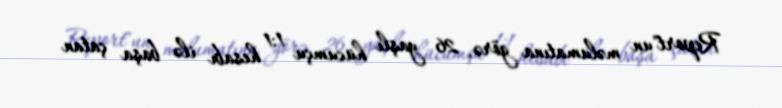
Report"un məlumatına görə, 26 yaşlı hücumçu 1:1 hesabı ilə başa çatan